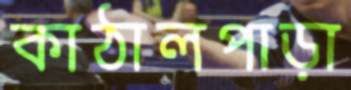
কাঠালপাড়া